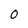
Character: O